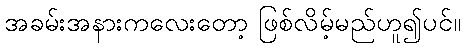
အခမ်းအနားကလေးတော့ ဖြစ်လိမ့်မည်ဟူ၍ပင်။